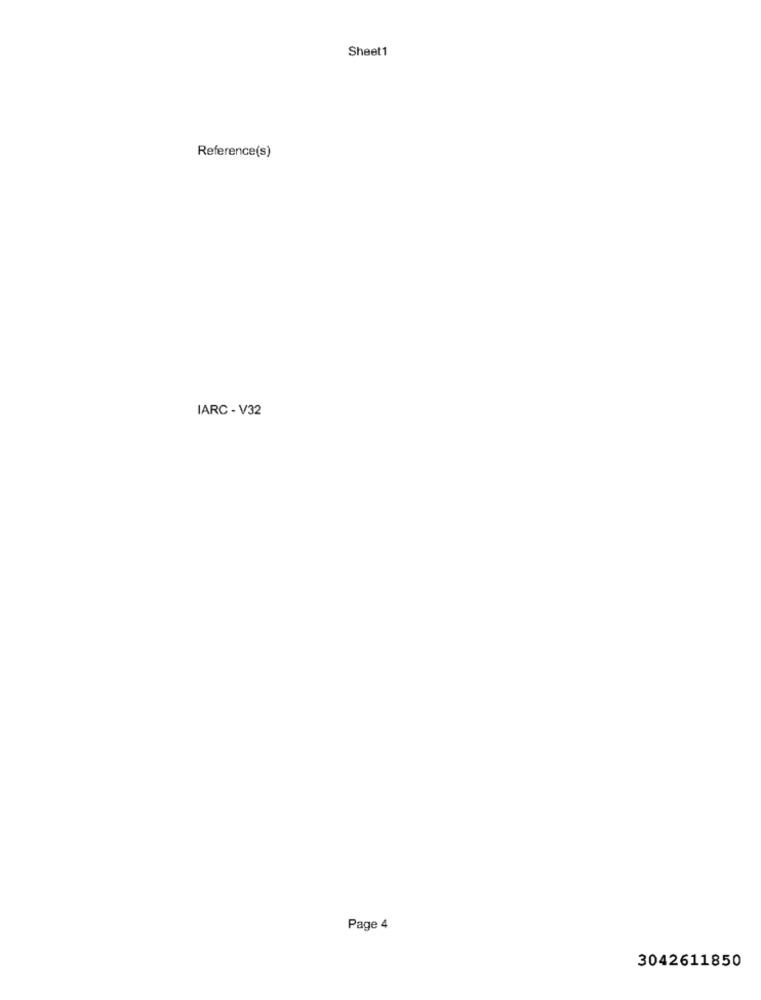
Sheet1
Reference(s)
IARC - V32
Page 4
3042611850